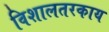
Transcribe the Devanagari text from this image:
विशालतरकाय